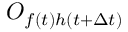
O _ { f ( t ) h ( t + \Delta t ) }